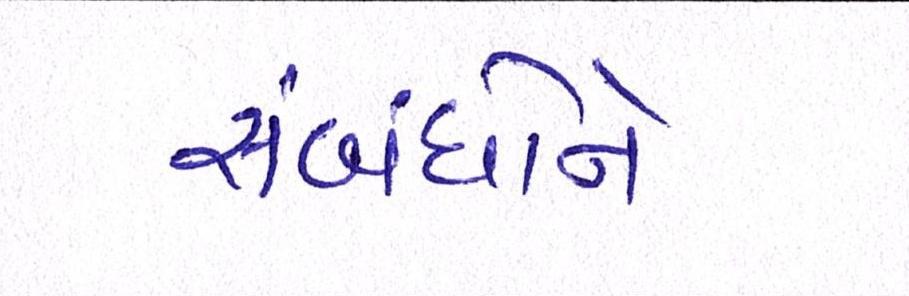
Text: સંબંધોને